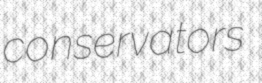
conservators